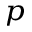
_ p